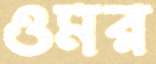
ওমর